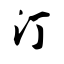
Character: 汀